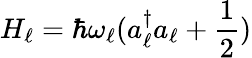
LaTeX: H_{\ell}=\hbar\omega_{\ell}(a_{\ell}^{\dagger}a_{\ell}+\frac{1}{2})